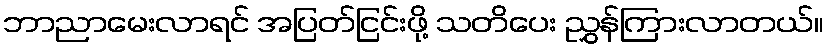
ဘာညာမေးလာရင် အပြတ်ငြင်းဖို့ သတိပေး ညွှန်ကြားလာတယ်။